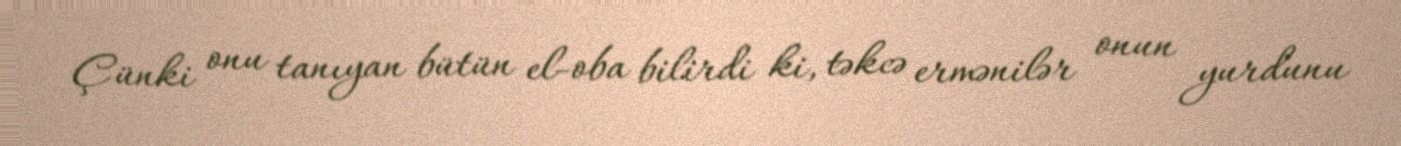
Çünki onu tanıyan bütün el-oba bilirdi ki, təkcə ermənilər onun yurdunu